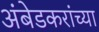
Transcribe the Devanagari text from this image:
अंबेडकरांच्या